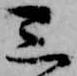
三